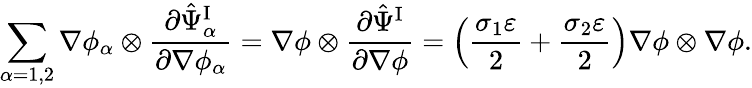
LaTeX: \begin{array}{r}{\displaystyle\sum_{\alpha=1,2}\nabla\phi_{\alpha}\otimes\frac{\partial\hat{\Psi}_{\alpha}^{\mathrm{I}}}{\partial\nabla\phi_{\alpha}}=\nabla\phi\otimes\frac{\partial\hat{\Psi}^{\mathrm{I}}}{\partial\nabla\phi}=\left(\frac{\sigma_{1}\varepsilon}{2}+\frac{\sigma_{2}\varepsilon}{2}\right)\nabla\phi\otimes\nabla\phi.}\end{array}